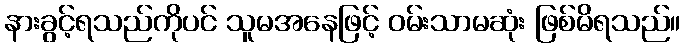
နားခွင့်ရသည်ကိုပင် သူမအနေဖြင့် ဝမ်းသာမဆုံး ဖြစ်မိရသည်။